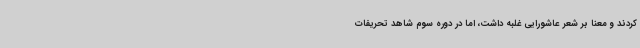
کردند و معنا بر شعر عاشورایی غلبه داشت، اما در دوره سوم شاهد تحریفات